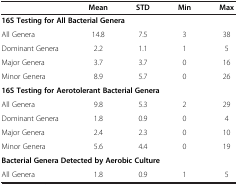
<table><thead><tr><td><b> </b></td><td><b>Mean</b></td><td><b>STD</b></td><td><b>Min</b></td><td><b>Max</b></td></tr></thead><tbody><tr><td colspan="5"><b>16S Testing for All Bacterial Genera</b></td></tr><tr><td>All Genera</td><td>14.8</td><td>7.5</td><td>3</td><td>38</td></tr><tr><td>Dominant Genera</td><td>2.2</td><td>1.1</td><td>1</td><td>5</td></tr><tr><td>Major Genera</td><td>3.7</td><td>3.7</td><td>0</td><td>16</td></tr><tr><td>Minor Genera</td><td>8.9</td><td>5.7</td><td>0</td><td>26</td></tr><tr><td colspan="5"><b>16S Testing for Aerotolerant Bacterial Genera</b></td></tr><tr><td>All Genera</td><td>9.8</td><td>5.3</td><td>2</td><td>29</td></tr><tr><td>Dominant Genera</td><td>1.8</td><td>0.9</td><td>0</td><td>4</td></tr><tr><td>Major Genera</td><td>2.4</td><td>2.3</td><td>0</td><td>10</td></tr><tr><td>Minor Genera</td><td>5.6</td><td>4.4</td><td>0</td><td>19</td></tr><tr><td colspan="5"><b>Bacterial Genera Detected by Aerobic Culture</b></td></tr><tr><td>All Genera</td><td>1.8</td><td>0.9</td><td>1</td><td>5</td></tr></tbody></table>